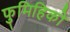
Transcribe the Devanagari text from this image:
फुमिहिको